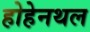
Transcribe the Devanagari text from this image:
होहेनथल